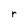
Character: r